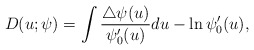
\begin{align*} D(u;\psi)= \int\frac{\bigtriangleup\psi(u)}{\psi'_{0}(u)}du - \ln\psi_{0}'(u), \end{align*}